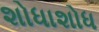
શોધાશોધ